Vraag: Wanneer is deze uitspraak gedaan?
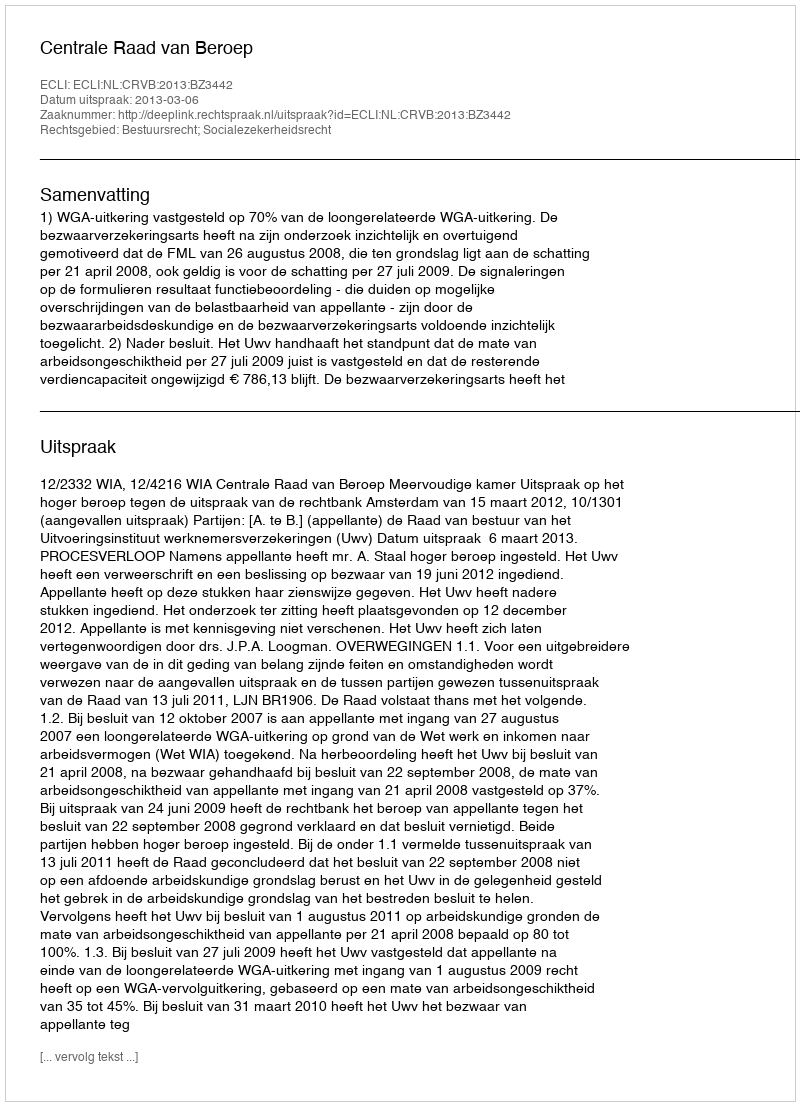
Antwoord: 2013-03-06